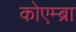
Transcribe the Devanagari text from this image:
कोएम्ब्रा